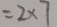
= 2 \times 7